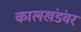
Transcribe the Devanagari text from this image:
कालखंडंवर